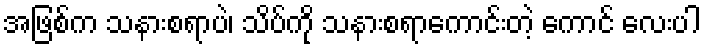
အဖြစ်က သနားစရာပဲ၊ သိပ်ကို သနားစရာကောင်းတဲ့ ကောင် လေးပါ